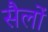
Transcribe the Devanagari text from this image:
सैलों